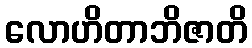
လောဟိတာဘိဇာတိ